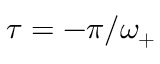
\tau = - \pi / \omega _ { + }